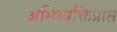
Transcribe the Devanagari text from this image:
अभिव्यक्तिप्राप्त